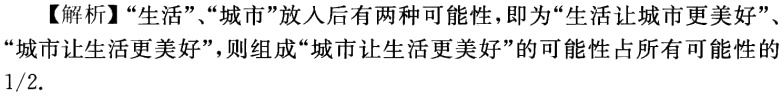
【解析】“生活”、“城市”放入后有两种可能性，即为“生活让城市更美好”、“城市让生活更美好”，则组成“城市让生活更美好”的可能性占所有可能性的$1/2$.